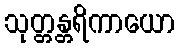
သုတ္တန္တရိကာယော